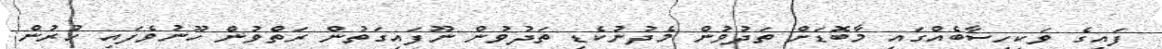
ފައިގެ ވަކިހިސާބެއްގައި މާބޮޑަށް ތަދުވުން މެދުނުކެޑި ތަދުވުން ނޫފައިގަތުން ރަތްވުން ހޫނުވެފައި ހުރުން